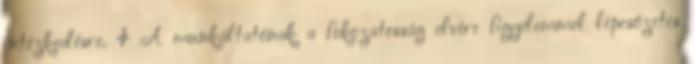
intézkedésre. 4 A munkáltatónak a fokozatosság elvére figyelemmel lépcsőzetes